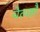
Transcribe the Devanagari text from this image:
चेत्यष्टौ